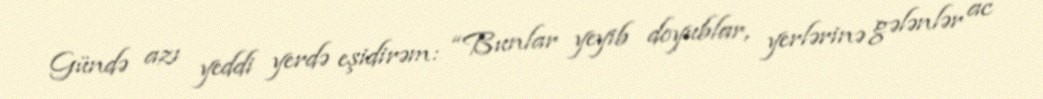
Gündə azı yeddi yerdə eşidirəm: “Bunlar yeyib doyublar, yerlərinə gələnlər ac